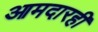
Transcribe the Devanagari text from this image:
आमदारही